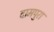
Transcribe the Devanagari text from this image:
दामपुरा